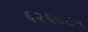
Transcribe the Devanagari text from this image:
६२६७८५